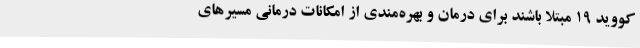
کووید 19 مبتلا باشند برای درمان و بهره‌مندی از امکانات درمانی مسیرهای